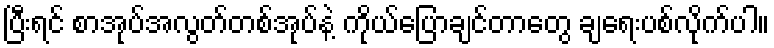
ပြီးရင် စာအုပ်အလွတ်တစ်အုပ်နဲ့ ကိုယ်ပြောချင်တာတွေ ချရေးပစ်လိုက်ပါ။